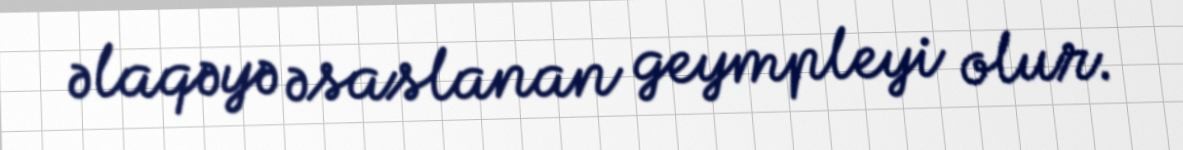
əlaqəyə əsaslanan geympleyi olur.